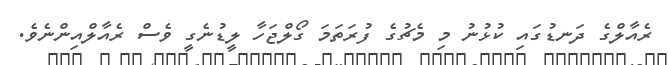
ރެއާލްގެ ދަނޑުގައި ކުޅުނު މި މެޗުގެ ފުރަތަމަ ގޯލްޖަހާ ލީޑުނެގީ ވެސް ރެއާލްއިންނެވެ.